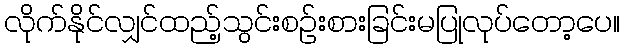
လိုက်နိုင်လျှင်ထည့်သွင်းစဉ်းစားခြင်းမပြုလုပ်တော့ပေ။